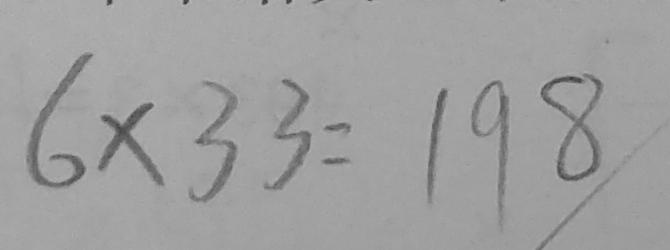
6 \times 3 3 = 1 9 8